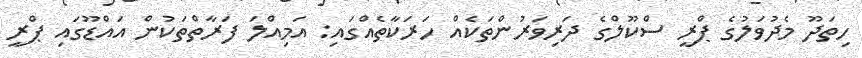
ހިތަދޫ މެދުވަލުގެ ޕްރީ ސްކޫލްގެ ދަރިވަރުންތަކެއް ހަރަކާތެއްގައި: އަމިއްލަ ފަރާތްތަކުން އައްޑޫގައި ޕްރީ